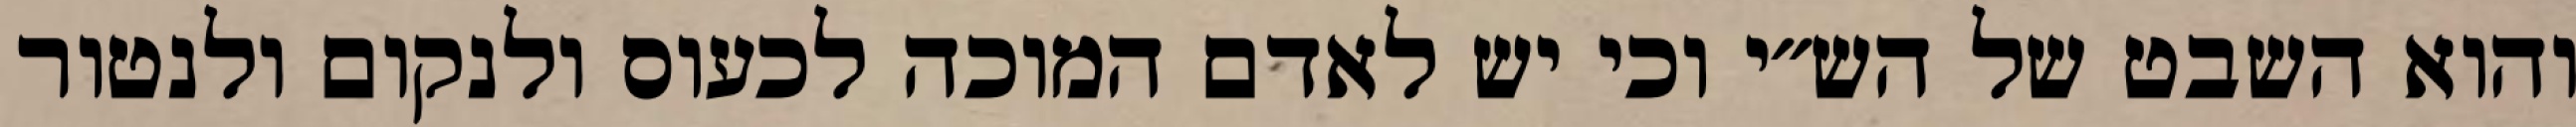
והוא השבט של הש״י וכי יש לאדם המוכה לכעוס ולנקום ולנטור